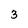
Character: 3